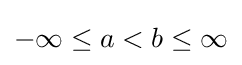
-\infty \leq a<b\leq \infty